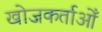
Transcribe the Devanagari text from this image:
खोजकर्ताओँ